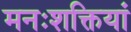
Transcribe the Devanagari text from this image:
मनःशक्तियां